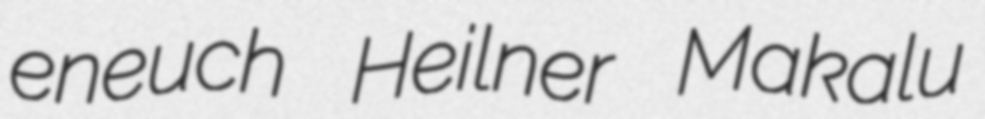
eneuch Heilner Makalu